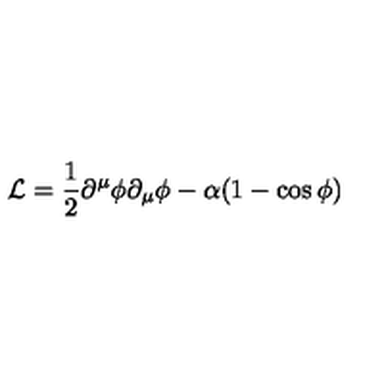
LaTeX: { \cal L } = \frac { 1 } { 2 } \partial ^ { \mu } \phi \partial _ { \mu } \phi - \alpha ( 1 - \cos \phi )